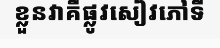
ខ្លួនវាគឺផ្លូវសៀវភៅទី